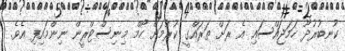
ކުނބުރުދޫ ހަމަޖައްސައި އެ ރަށް ތަރައްގީ ކުރުމަށް ހޯމް މިނިސްޓްރީން ނިންމައިފި އެވެ.